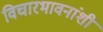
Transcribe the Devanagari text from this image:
विचारभावनांशी